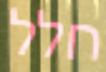
חלל